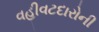
વહીવટદારોની